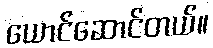
ယောင်ဆောင်တယ်။